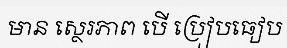
មាន ស្ថេរភាព បើ ប្រៀបធៀប